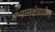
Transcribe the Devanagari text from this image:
अभ्यासक्षेत्रातील